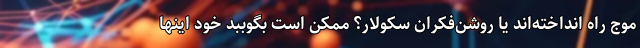
موج راه انداخته‌اند یا روشن‌فکران سکولار؟ ممکن است بگوببد خود اینها